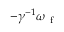
- \gamma ^ { - 1 } \boldsymbol { \omega } _ { \mathrm { ~ f ~ } }